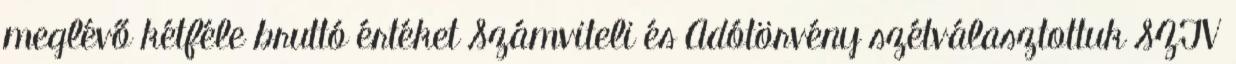
meglévő kétféle bruttó értéket Számviteli és Adótörvény szétválasztottuk SZTV